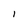
Character: 1